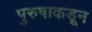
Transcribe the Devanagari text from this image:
पुरुषाकडून